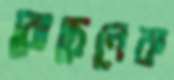
বোচেনেক